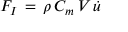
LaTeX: F _ { I } \, = \, \rho \, C _ { m } \, V \, { \dot { u } }